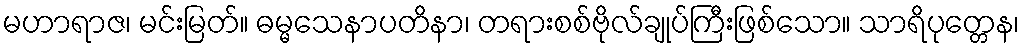
မဟာရာဇ၊ မင်းမြတ်။ ဓမ္မသေနာပတိနာ၊ တရားစစ်ဗိုလ်ချုပ်ကြီးဖြစ်သော။ သာရိပုတ္တေန၊